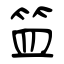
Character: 笽